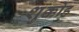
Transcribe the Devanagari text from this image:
शुक्कोह